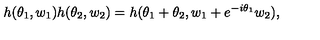
h ( \theta _ { 1 } , w _ { 1 } ) h ( \theta _ { 2 } , w _ { 2 } ) = h ( \theta _ { 1 } + \theta _ { 2 } , w _ { 1 } + e ^ { - i \theta _ { 1 } } w _ { 2 } ) ,